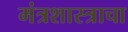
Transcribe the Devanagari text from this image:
मंत्रशास्त्राचा